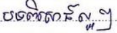
បទពិសោធន៍ល្អៗ